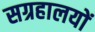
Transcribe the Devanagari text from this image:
सग्रहालयों